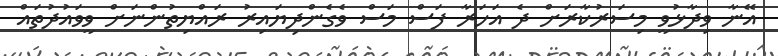
އޭނާ ވިދާޅުވީ މިސަރުކާރަށް ދެ އަހަރާ ފަސް މަސް ވެގެންދިޔައިރު ރައްޔިތުންނަށް ވީވައުދުތައް